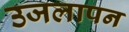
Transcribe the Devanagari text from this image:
उजलापन